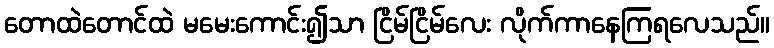
တောထဲတောင်ထဲ မမေးကောင်း၍သာ ငြိမ်ငြိမ်လေး လိုက်ကာနေကြရလေသည်။